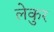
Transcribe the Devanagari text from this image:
लेकुर